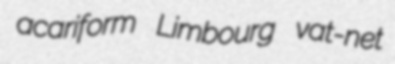
acariform Limbourg vat-net